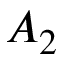
A _ { 2 }